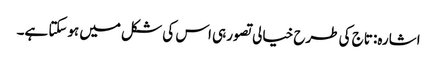
اشارہ: تاج کی طرح خیالی تصور ہی اس کی شکل میں ہوسکتا ہے۔